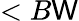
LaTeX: <B\mathsf{W}